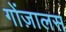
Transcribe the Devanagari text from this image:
गोंज़ालस